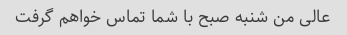
عالی من شنبه صبح با شما تماس خواهم گرفت